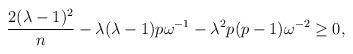
LaTeX: \begin{align*}\frac{2(\lambda-1)^{2}}{n}-\lambda(\lambda-1) p\omega^{-1}-\lambda^{2} p(p-1)\omega^{-2} \geq 0,\end{align*}